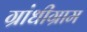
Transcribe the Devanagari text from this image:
ग्रांधीग्राम